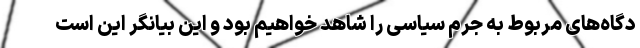
دگاه‌های مربوط به جرم سیاسی را شاهد خواهیم بود و این بیانگر این است